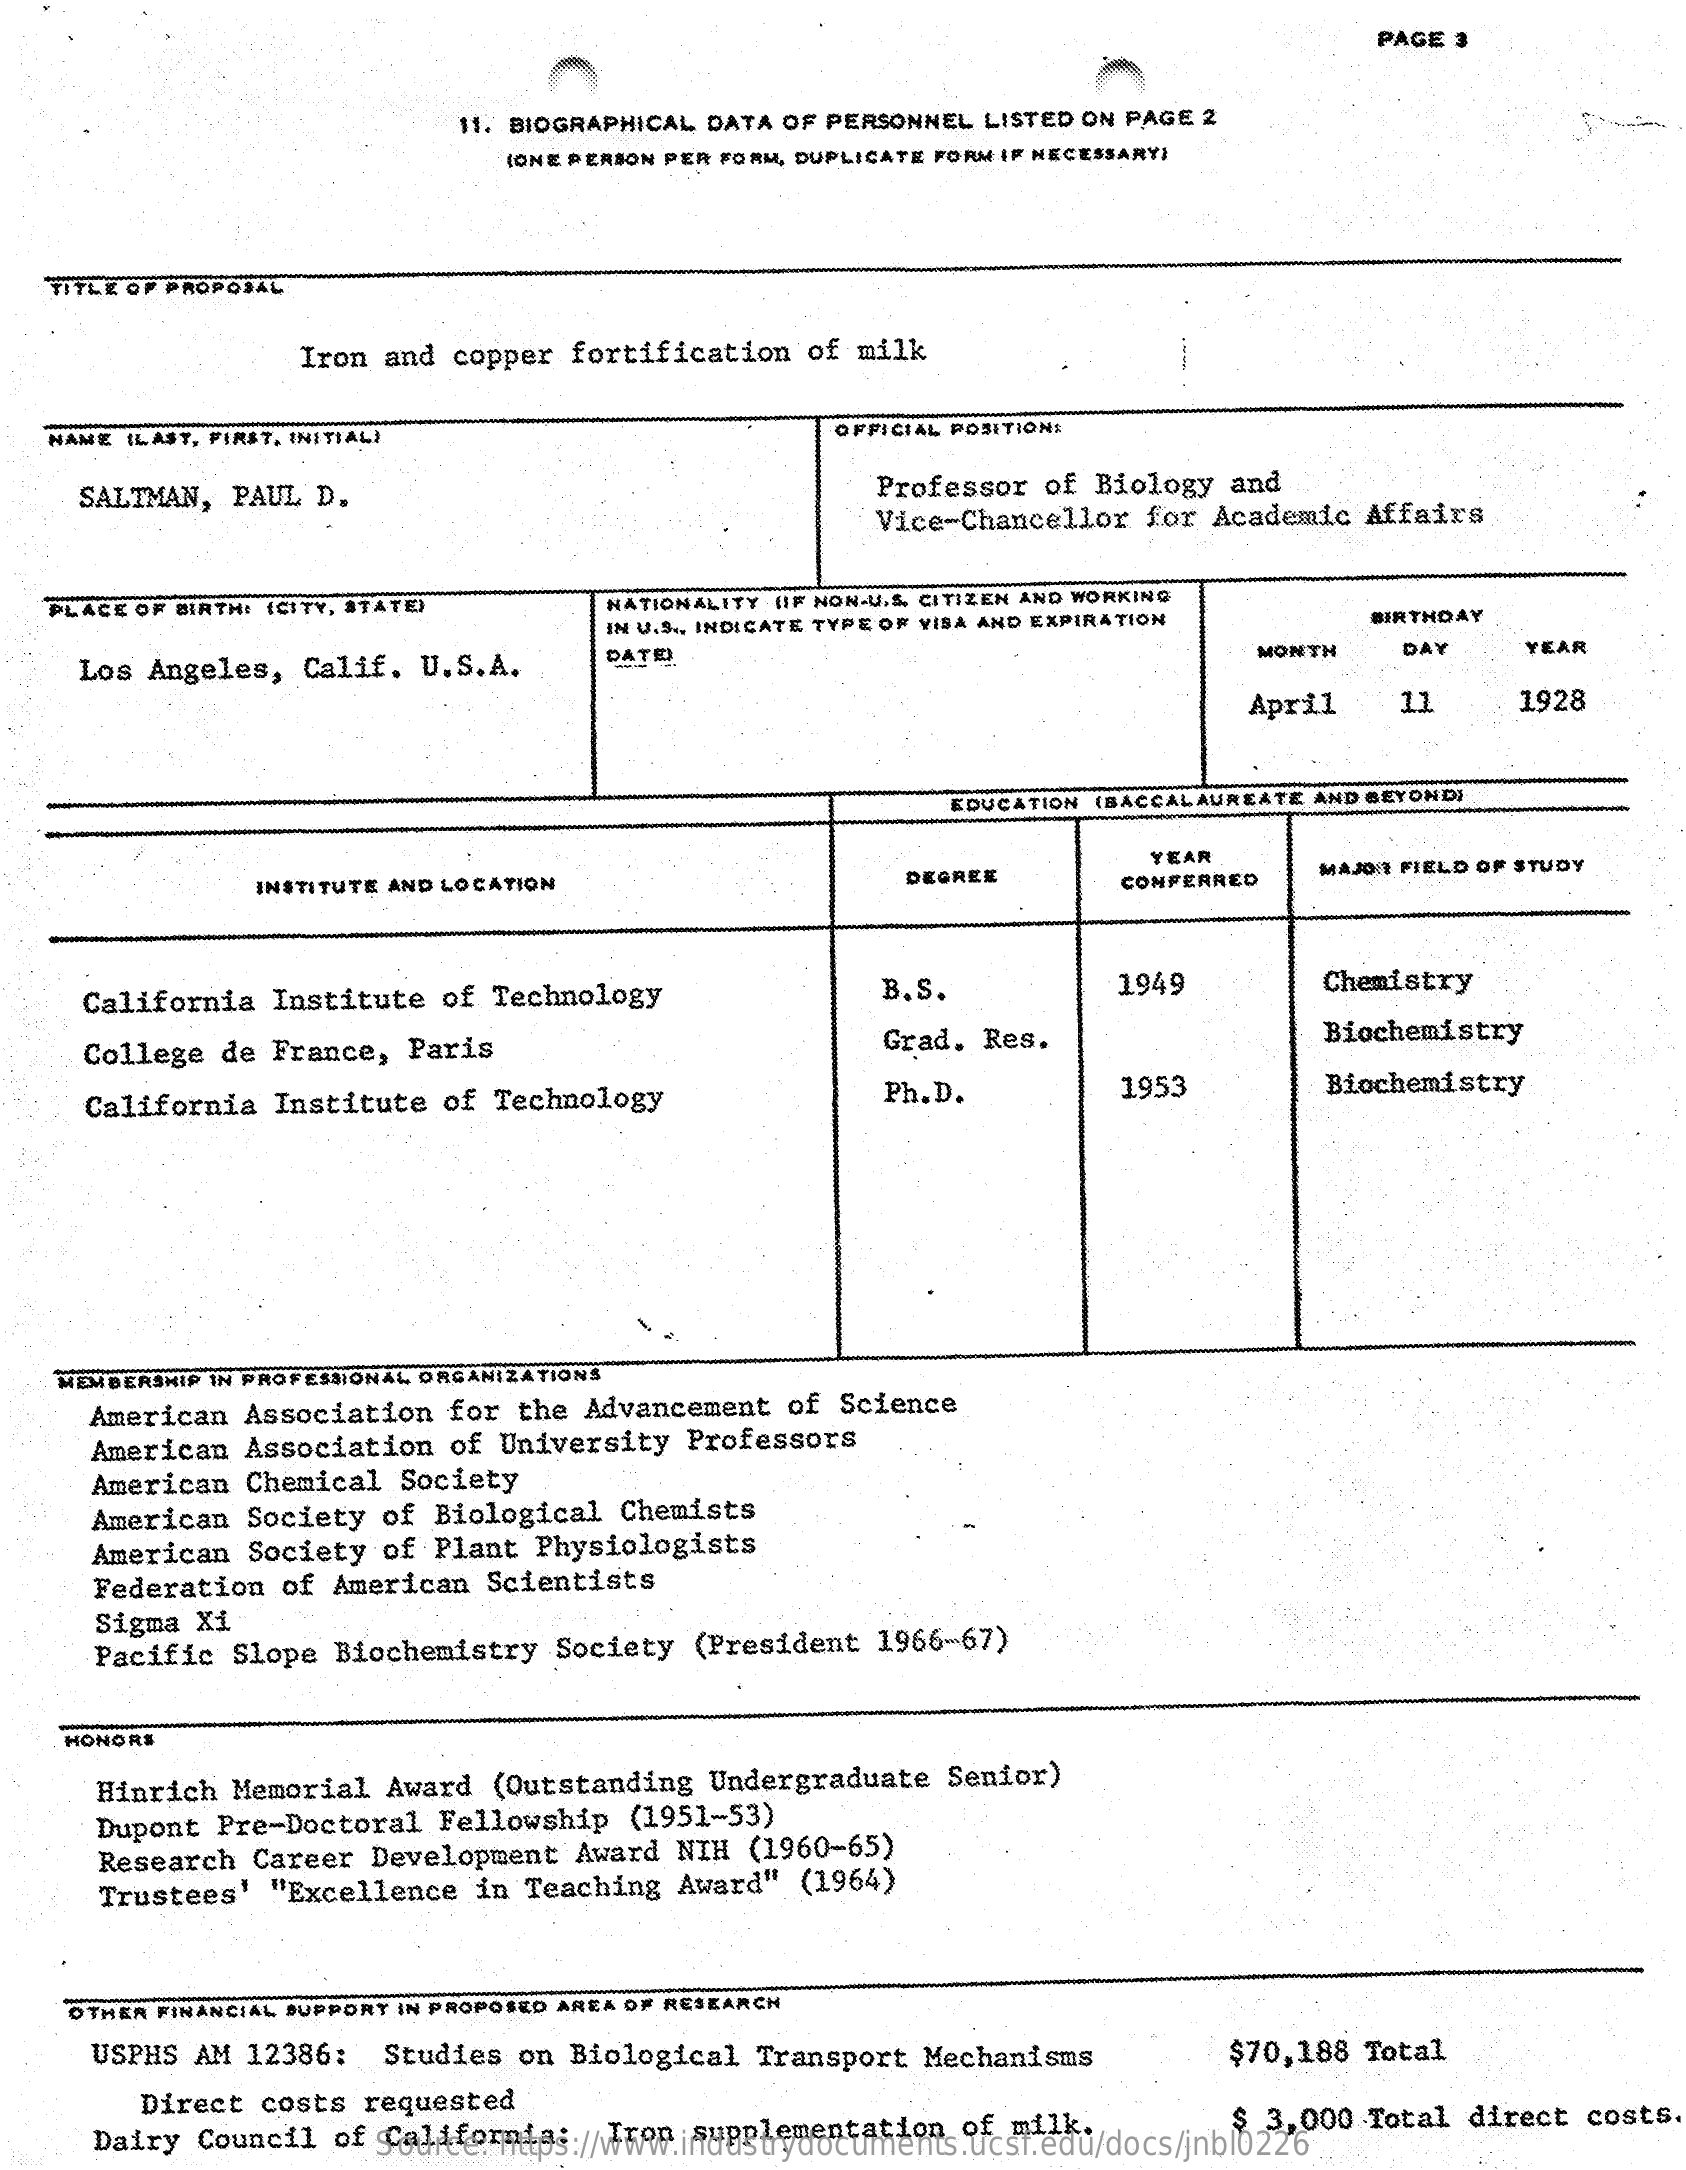
PAGE 3
     11. BIOGRAPHICAL DATA OF PERSONNEL LISTED ON PAGE 2
     (ONE PERSON PER FORM, DUPLICATE FORM IF NECESSARY)
   TITLE OF PROPOSAL
     Iron and copper fortification of milk
   NAME (LAST, FIRST, INITIAL)    OFFICIAL POSITION:
     SALTMAN, PAUL D.    Professor of Biology and
     Vice-Chancellor for Academic Affairs
   PLACE OF BIRTH: (CITY, STATE)   NATIONALITY LIF NON-U.S. CITIZEN AND WORKING
     IN U.S ., INDICATE TYPE OF VISA AND EXPIRATION BIRTHDAY
     Los Angeles, Calif. U.S.A.    DATE!    MONTH   DAY    YEAR
     April   11    1928
     EDUCATION (BACCALAUREATE AND BEYONDI
     INSTITUTE AND LOCATION    DEGREE
     YEAR
     CONFERRED
     MAJONI FIELD OF STUDY
     California Institute of Technology    B.S.    1949    Chemistry
     College de France, Paris    Grad. Res.    Biochemistry
     California Institute of Technology    Ph.D.    1953    Biochemistry
    MEMBERSHIP IN PROFESSIONAL ORGANIZATIONS
     American Association for the Advancement of Science
     American Association of University Professors
     American Chemical Society
     American Society of Biological Chemists
     American Society of Plant Physiologists
     Federation of American Scientists
     Sigma Xi
     Pacific Slope Biochemistry Society (President 1966-67)
    HONORS
     Hinrich Memorial Award (Outstanding Undergraduate Senior)
     Dupont Pre-Doctoral Fellowship (1951-53)
     Research Career Development Award NIH (1960-65)
     Trustees' "Excellence in Teaching Award" (1964)
    OTHER FINANCIAL SUPPORT IN PROPOSED AREA OF RESEARCH
     USPHS AM 12386: Studies on Biological Transport Mechanisms    $70,188 Total
     Direct costs requested
     Dairy Council of California: Iron supplementation of milk.
     Source: https://www.industrydocuments.ucsf.edu/docs/jnbl0226
     $ 3,000 Total direct costs.